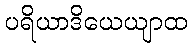
ပရိယာဒိယေယျာထ